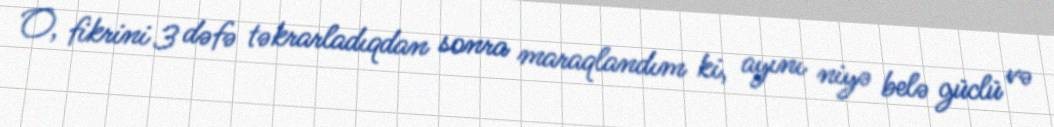
O, fikrini 3 dəfə təkrarladıqdan sonra maraqlandım ki, ayını niyə belə güclü və